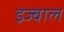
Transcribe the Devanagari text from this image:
इज्बाल